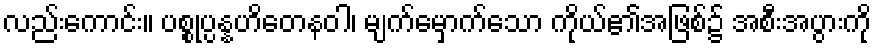
လည်းကောင်း။ ပစ္စုပ္ပန္နဟိတေနဝါ၊ မျက်မှောက်သော ကိုယ်၏အဖြစ်၌ အစီးအပွားကို